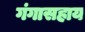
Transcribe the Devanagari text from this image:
गंगासहाय